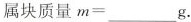
属块质量$$m=___g$$.